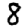
Digit: 8